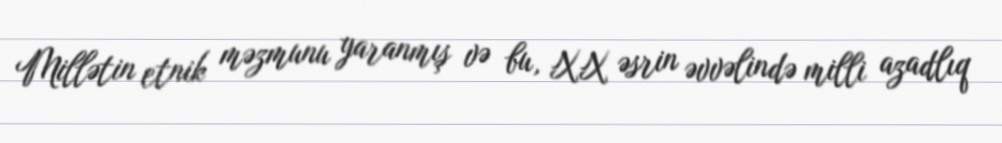
Millətin etnik məzmunu yaranmış və bu, XX əsrin əvvəlində milli azadlıq